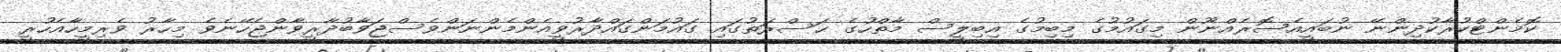
ކޮމެންޓްކުރާކުދިންނޭ ނުބައީއެސޮރެއްނޫން މިގައުމުގެ މިބިމުގެ އިބިލީސް މާތްހުގެ ޙަސްރަތުގައި ގައުމަންގައްދާރުވީއެންމެންނަންވެސްޖަވާބުދާރީވާންޖެހޭނެވެ މިހާރު ވެރިމީހާއެހުރީ